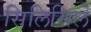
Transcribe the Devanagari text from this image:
सिलिसिले